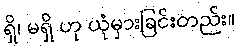
ရှိ၊ မရှိ ဟု ယုံမှားခြင်းတည်း။